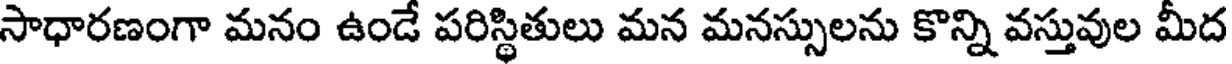
సాధారణంగా మనం ఉండే పరిస్థితులు మన మనస్సులను కొన్ని వస్తువుల మీద